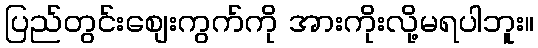
ပြည်တွင်းစျေးကွက်ကို အားကိုးလို့မရပါဘူး။